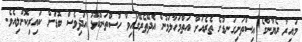
މައިރާ ރެޔާންގެ އިސްތަށިގަނޑުގެ ތެރެއަށް އަތްމަހާލަމުން އެދޭތެރޭގައިވާ ހުސްތަންކޮޅު އަދިވެސް ބޮޑަށް ކައިރިކޮށްލިއެވެ.